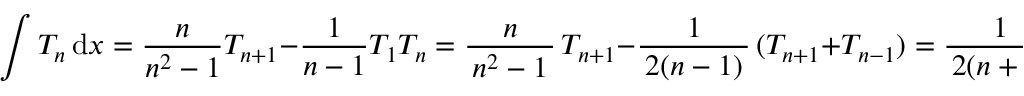
\int T _ { n } \, \mathrm { d } x = { \frac { n } { n ^ { 2 } - 1 } } T _ { n + 1 } - { \frac { 1 } { n - 1 } } T _ { 1 } T _ { n } = { \frac { n } { \, n ^ { 2 } - 1 \, } } \, T _ { n + 1 } - { \frac { 1 } { \, 2 ( n - 1 ) \, } } \, ( T _ { n + 1 } + T _ { n - 1 } ) = { \frac { 1 } { \, 2 ( n + 1 ) \, } } \, T _ { n + 1 } - { \frac { 1 } { \, 2 ( n - 1 ) \, } } \, T _ { n - 1 } ~ .